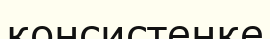
консистенке